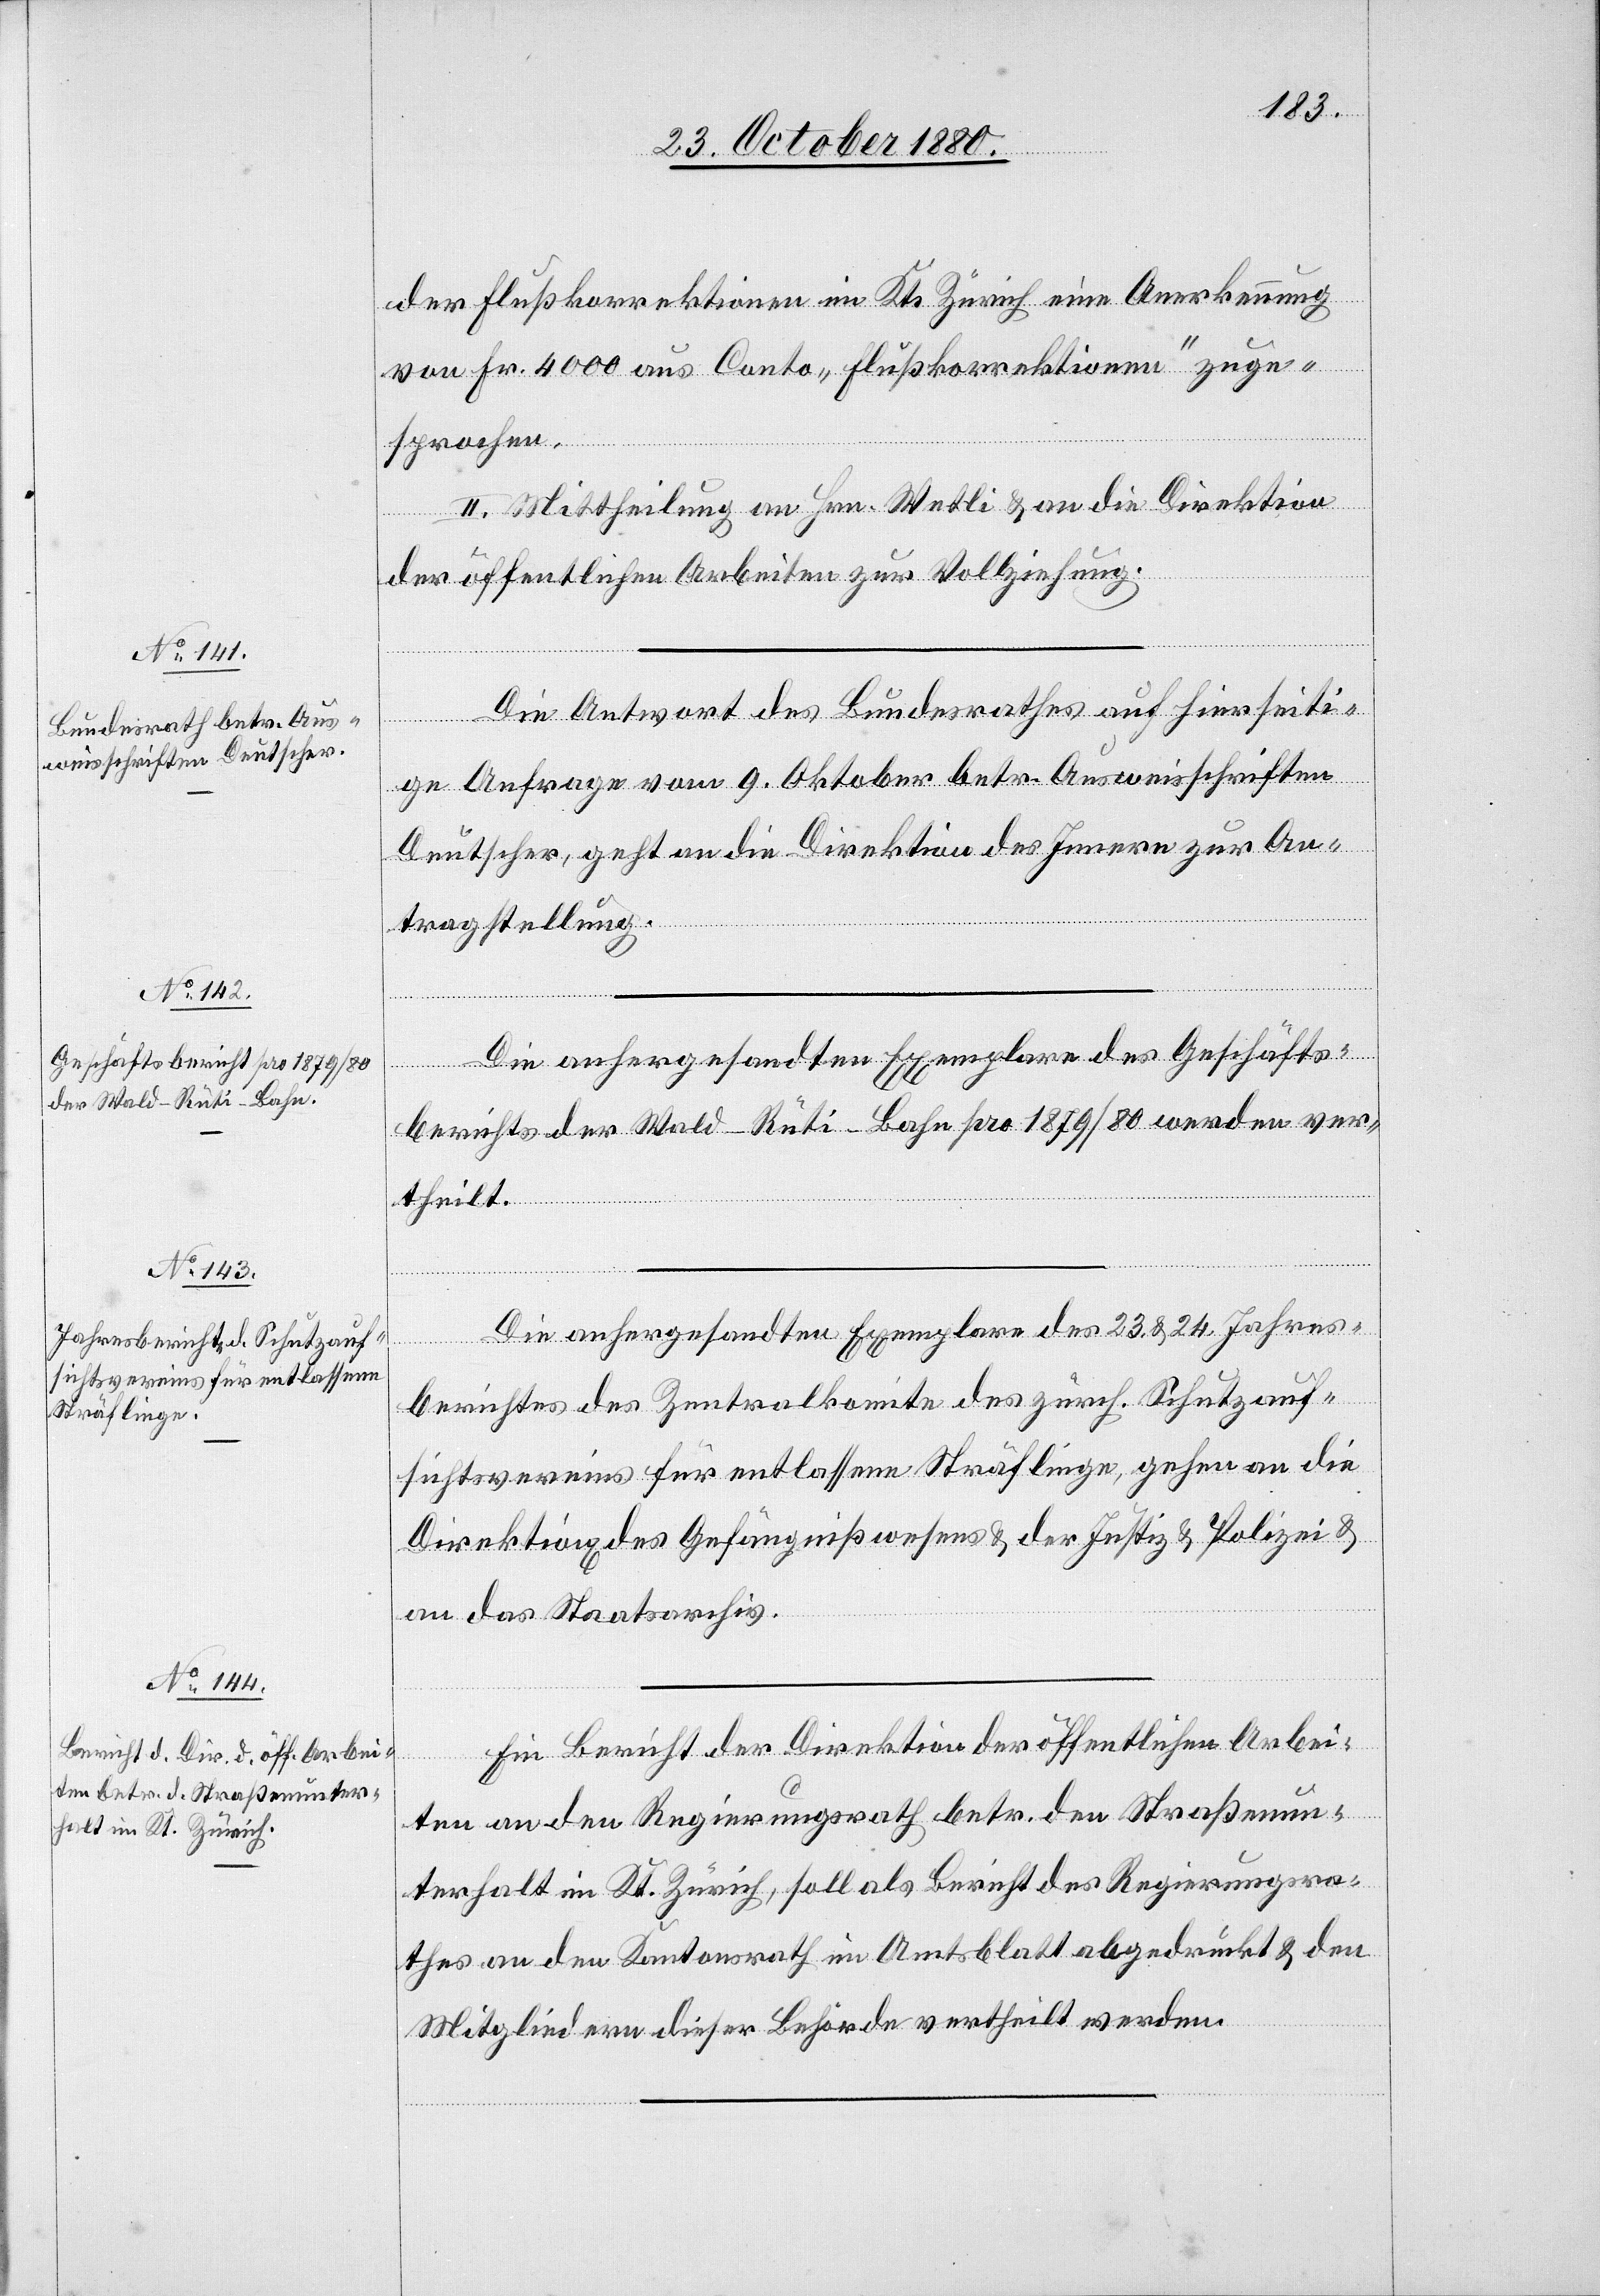
der Flußkorrektionen im Kts. Zürich von Fr. 4000
zuge¬
sprochen.
II. Mittheilung an Hrn. Wetli & an die Direktion
der öffentlichen Arbeiten zur Vollziehung.
Die Antwort des Bundesrathes auf hierseiti¬
ge Anfrage vom 9. Oktober betr. Ausweisschriften
Deutscher, geht an die Direktion des Innern zur An¬
tragstellung.
Die anhergesandten Exemplare des Geschäfts¬
berichts der Wald–Rüti-Bahn pro 1879/80 werden ver¬
theilt.
Die anhergesandten Exemplare des 23. & 24. Jahres¬
berichtes des Zentralkomite des zürch. Schutzauf¬
sichtsvereins für entlassene Sträflinge, gehen an die
Direktion[en] des Gefängnißwesens & der Justiz & Polizei &
an das Staatsarchiv.
Ein Bericht der Direktion der öffentlichen Arbei¬
ten an den Regierungsrath betr. den Straßenun¬
terhalt im Kt. Zürich, soll als Bericht des Regierungsra¬
thes an den Kantonsrath im Amtsblatt abgedruckt & den
Mitgliedern dieser Behörde vertheilt werden.

aus